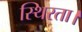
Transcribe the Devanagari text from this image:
स्थिरता।